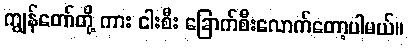
ကျွန်တော်တို့ ကား ငါးစီး ခြောက်စီးလောက်တော့ပါမယ်။